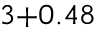
_ { 3 + 0 . 4 8 }